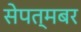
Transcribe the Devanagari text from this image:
सेपत्मबर